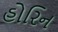
હોરિન